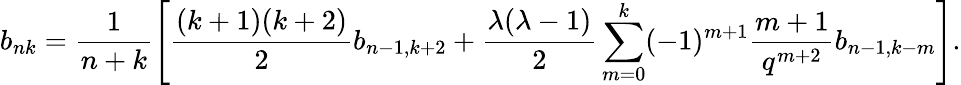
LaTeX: b_{nk}=\frac{1}{n+k}\left[\frac{(k+1)(k+2)}{2}b_{n-1,k+2}+\frac{\lambda(\lambda-1)}{2}\sum_{m=0}^{k}(-1)^{m+1}\frac{m+1}{q^{m+2}}b_{n-1,k-m}\right].